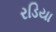
રડિયા